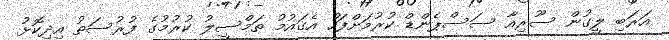
އަރަބި ލީގުން ސޫރިއާ ސަސްޕެންޑް ކުރުމަށްފަހު އެގައުމު ތަމްސީލު ކުރުމުގެ ފުރުސަތު އިދިކޮޅު